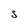
Character: S